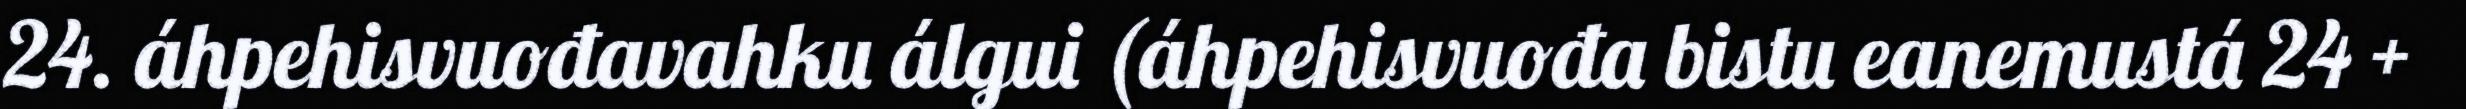
24. áhpehisvuođavahku álgui (áhpehisvuođa bistu eanemustá 24 +